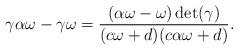
LaTeX: \begin{align*}\gamma \alpha \omega-\gamma \omega= \dfrac{(\alpha \omega-\omega)\det (\gamma)}{(c\omega+d)(c \alpha \omega+d)}.\end{align*}